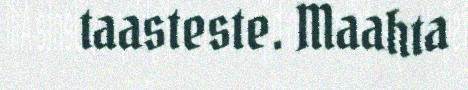
taasteste. Maahta